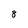
Character: 8